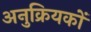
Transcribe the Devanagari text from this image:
अनुक्रियकों